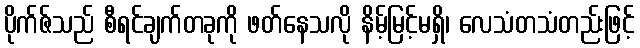
ပိုက်ဇ်သည် စီရင်ချက်တခုကို ဖတ်နေသလို နိမ့်မြင့်မရှိ၊ လေသံတသံတည်းဖြင့်